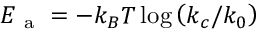
E _ { \mathrm { ~ a ~ } } = - k _ { B } T \log { \left( k _ { c } / k _ { 0 } \right) }